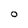
Character: O